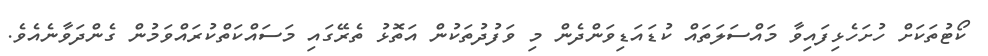
ކޯޓުތަކަށް ހުށަހެޅިފައިވާ މައްސަލަތައް ކުޑައަޑިވަންދެން މި ވަފުދުތަކުން އަތޮޅު ތެރޭގައި މަސައްކަތްކުރައްވަމުން ގެންދަވާނެއެވެ.